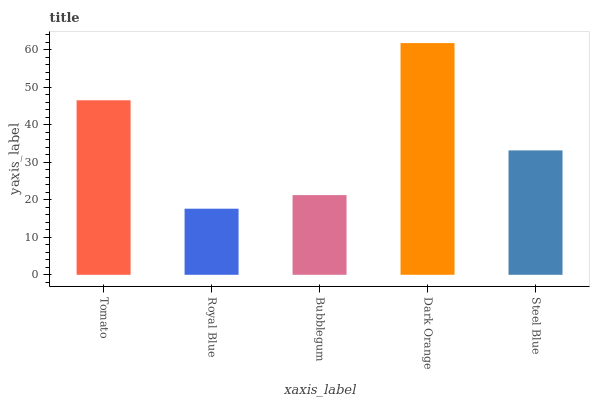
| xaxis_label | bars |
 | --- | --- |
 | Tomato | 46.5 |
 | Royal Blue | 17.6 |
 | Bubblegum | 21.2 |
 | Dark Orange | 61.7 |
 | Steel Blue | 33.1 |